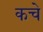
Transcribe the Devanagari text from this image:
कचे